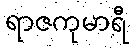
ရာဇကုမာရီ